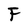
Character: F